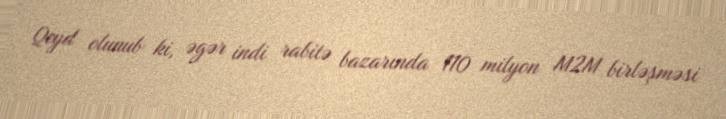
Qeyd olunub ki, əgər indi rabitə bazarında 110 milyon M2M birləşməsi